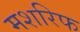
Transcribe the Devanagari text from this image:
मशरिफ